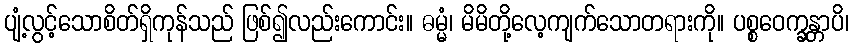
ပျံ့လွင့်သောစိတ်ရှိကုန်သည် ဖြစ်၍လည်းကောင်း။ ဓမ္မံ၊ မိမိတို့လေ့ကျက်သောတရားကို။ ပစ္စဝေက္ခန္တာပိ၊